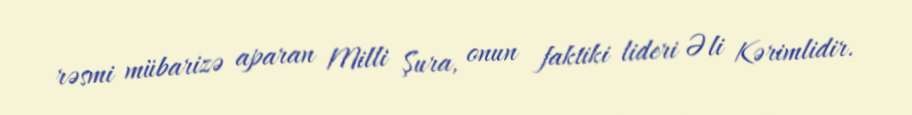
rəsmi mübarizə aparan Milli Şura, onun faktiki lideri Əli Kərimlidir.